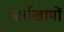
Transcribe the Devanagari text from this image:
सर्वखापों